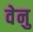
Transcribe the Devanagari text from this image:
वेनु